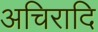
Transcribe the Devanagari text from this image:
अचिरादि